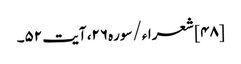
[۴۸] شعراء/سوره۲۶، آیت ۵۲۔